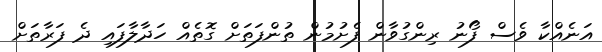
އަނެއްކާ ވެސް ފޯނު ރިންގުވާން ފެށުމުން ތުންފަތަށް ގޮތެއް ހަދާލާފައި ދެ ފަރާތަށް